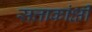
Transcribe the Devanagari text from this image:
सत्ताकांक्षी